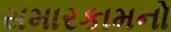
સમારકામનો